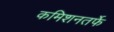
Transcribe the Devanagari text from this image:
कमिशनतर्फे